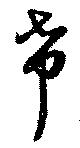
希